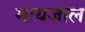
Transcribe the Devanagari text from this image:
मायजाल